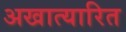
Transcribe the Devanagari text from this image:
अखात्यारित